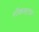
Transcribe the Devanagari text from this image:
रोंकस्टार